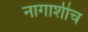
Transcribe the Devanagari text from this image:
नागाशीच